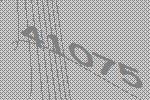
41075